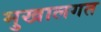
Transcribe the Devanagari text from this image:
मुखालगत